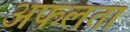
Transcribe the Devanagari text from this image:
अफलता